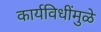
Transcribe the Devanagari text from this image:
कार्यविधींमुळे